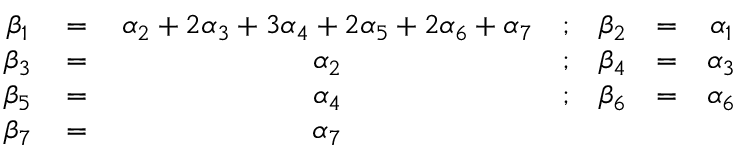
\begin{array} { c c c c c c c } { { \beta _ { 1 } \, } } & { { = } } & { { \, \alpha _ { 2 } + 2 \alpha _ { 3 } + 3 \alpha _ { 4 } + 2 \alpha _ { 5 } + 2 \alpha _ { 6 } + \alpha _ { 7 } } } & { { ; } } & { { \beta _ { 2 } } } & { { = } } & { { \alpha _ { 1 } } } \\ { { \beta _ { 3 } \, } } & { { = } } & { { \, \alpha _ { 2 } } } & { { ; } } & { { \beta _ { 4 } } } & { { = } } & { { \alpha _ { 3 } } } \\ { { \beta _ { 5 } \, } } & { { = } } & { { \, \alpha _ { 4 } } } & { { ; } } & { { \beta _ { 6 } } } & { { = } } & { { \alpha _ { 6 } } } \\ { { \beta _ { 7 } \, } } & { { = } } & { { \, \alpha _ { 7 } } } & { { \null } } & { { \null } } & { { \null } } & { { \null } } \end{array}